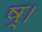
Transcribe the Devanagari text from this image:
ष्।